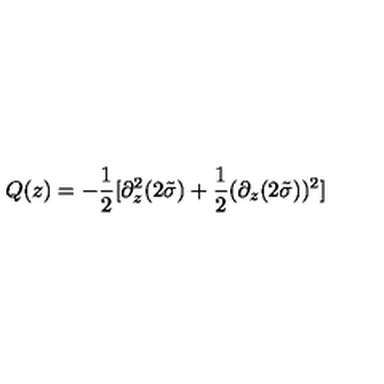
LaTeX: Q ( z ) = - \frac { 1 } { 2 } [ \partial _ { z } ^ { 2 } ( 2 \tilde { \sigma } ) + \frac { 1 } { 2 } ( \partial _ { z } ( 2 \tilde { \sigma } ) ) ^ { 2 } ]